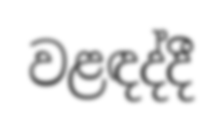
වළඳද්දී